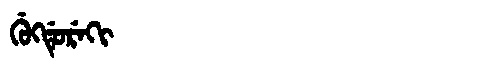
Manchu: ᡤᡠᡴᡩᡠᡵᡝᡴᡳ
Romanization: GUKDUREKI